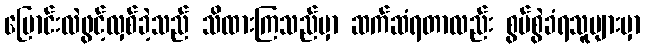
ပြောင်းလဲဖွင့်လှစ်ခဲ့သည် သိထားကြသည်မှာ ဆက်ဆံရတာလည်း စွပ်စွဲခံရသူများမှာ